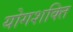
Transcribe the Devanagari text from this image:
योगशक्‍ति